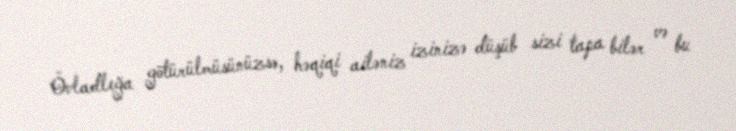
Övladlığa götürülmüsünüzsə, həqiqi ailəniz izinizə düşüb sizi tapa bilər və bu